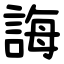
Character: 誨